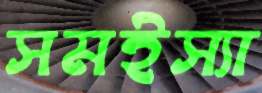
সমইস্যা